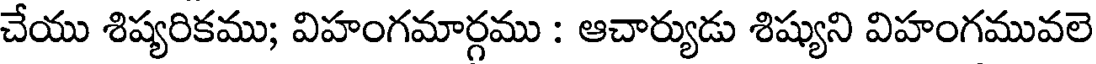
చేయు శిష్యరికము; విహంగమార్గము : ఆచార్యుడు శిష్యుని విహంగమువలె